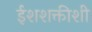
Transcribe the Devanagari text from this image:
ईशशक्तीशी